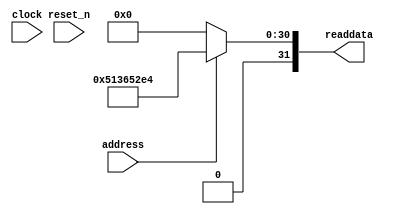
module sysid (
               // inputs:
                address,
                clock,
                reset_n,

               // outputs:
                readdata
             )
;

  output  [ 31: 0] readdata;
  input            address;
  input            clock;
  input            reset_n;

  wire    [ 31: 0] readdata;
  //control_slave, which is an e_avalon_slave
  assign readdata = address ? 1362514660 : 0;

endmodule